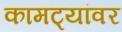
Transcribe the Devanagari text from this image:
कामट्यांवर